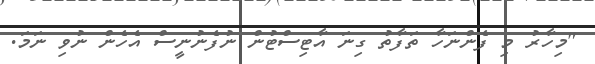
"މިހާރު މި ފެންނަހާ ތަފާތު ގިނަ އާޓިސްޓުން ނުފެނުނީސް އެހެން ނުވި ނަމަ.